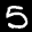
Label: 5